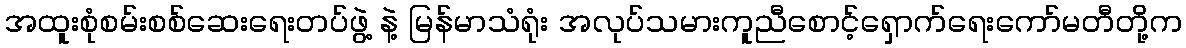
အထူးစုံစမ်းစစ်ဆေးရေးတပ်ဖွဲ့ နဲ့ မြန်မာသံရုံး အလုပ်သမားကူညီစောင့်ရှောက်ရေးကော်မတီတို့က